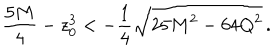
{ \frac { 5 M } { 4 } } - z _ { 0 } ^ { 3 } < - { \frac { 1 } { 4 } } \sqrt { 2 5 M ^ { 2 } - 6 4 Q ^ { 2 } } \, .